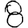
Digit: 8